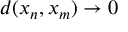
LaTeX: d ( x _ { n } , x _ { m } ) \to 0